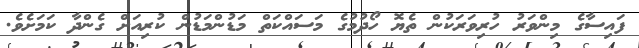
ފައިސާގެ މިންވަރު ހުރިވަރަކުން ތެޔޮ ހޯދުމުގެ މަސައްކަތް މަޑުންމަޑުން ކުރިއަށް ގެންދާ ކަމަށެވެ.